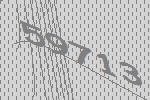
59713